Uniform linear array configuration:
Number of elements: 48
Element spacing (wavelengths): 1
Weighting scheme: hann
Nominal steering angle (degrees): -30
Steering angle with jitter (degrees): -28.6
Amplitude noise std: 0.05
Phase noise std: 0.05

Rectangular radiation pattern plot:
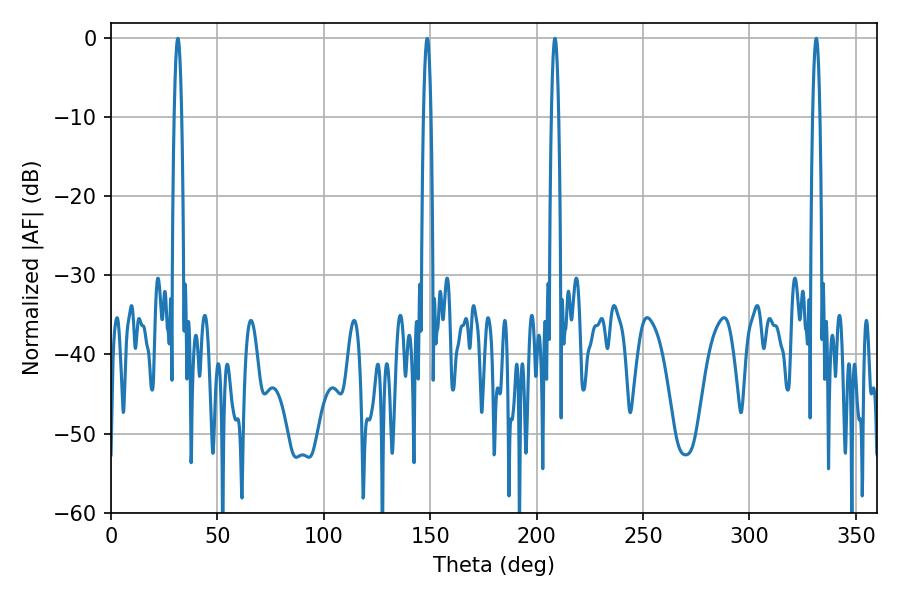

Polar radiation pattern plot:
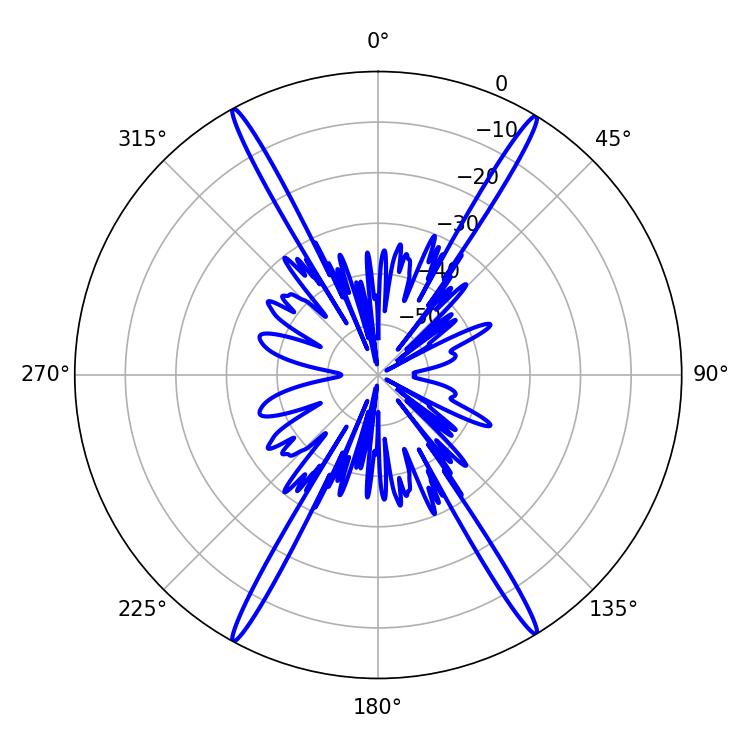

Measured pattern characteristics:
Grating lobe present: TRUE
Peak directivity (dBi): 26.969
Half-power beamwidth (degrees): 1.8
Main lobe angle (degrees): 208.62